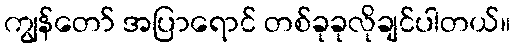
ကျွန်တော် အပြာရောင် တစ်ခုခုလိုချင်ပါတယ်။